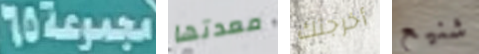
مجموعة65 معدتها أخرجتك شنيع